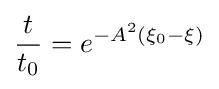
{\frac {t}{t_{0}}}=e^{-A^{2}\left(\xi _{0}-\xi \right)}